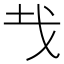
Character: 𢦏